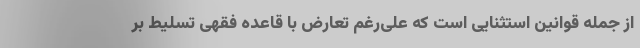
از جمله قوانین استثنایی است که علی‌رغم تعارض با قاعده فقهی تسلیط بر